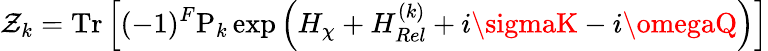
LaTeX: {\cal\mathcal{Z}}_{k}=\mathrm{{Tr}}\left[(-1)^{F}\mathrm{{P}}_{k}\exp\left(H_{\chi}+H_{Rel}^{(k)}+i\sigmaK-i\omegaQ\right)\right]